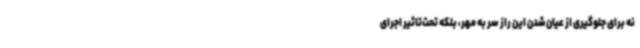
نه برای جلوگیری از عیان‌شدن این راز سر به مهر، بلکه تحت‌تاثیر اجرای